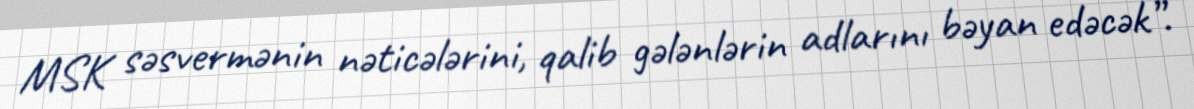
MSK səsvermənin nəticələrini, qalib gələnlərin adlarını bəyan edəcək”.